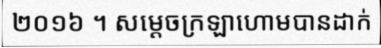
២០១៦ ។ សម្តេចក្រឡាហោមបានដាក់